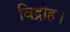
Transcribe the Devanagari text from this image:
विद्रोह।